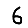
Digit: 6